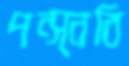
পন্স্নবি